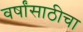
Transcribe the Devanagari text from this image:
वर्षांसाठीचा